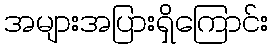
အများအပြားရှိကြောင်း